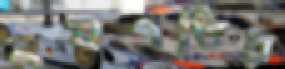
নবগতির